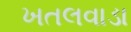
ખતલવાડા